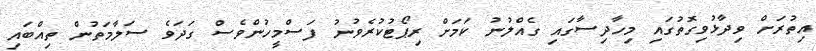
އިތުރަށް ވިދާޅުވިގޮތުގައި މިހާދިސާގައި ގެއްލުނު ކަމަށް ރިޕޯޓުކުރެވުނު ފަސްމީހުންވެސް ގަދަވެ ސަލާމަތުން ތިއްބައި